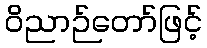
ဝိညာဉ်တော်ဖြင့်